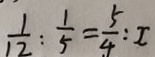
\frac { 1 } { 1 2 } : \frac { 1 } { 5 } = \frac { 5 } { 4 } : x